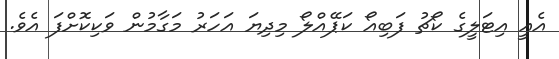
އެއީ އިޓަލީގެ ކޯޗު ފަބިއޯ ކަޕޭއްލޯ މިދިޔަ އަހަރު މަގާމުން ވަކިކޮށްފަ އެވެ.